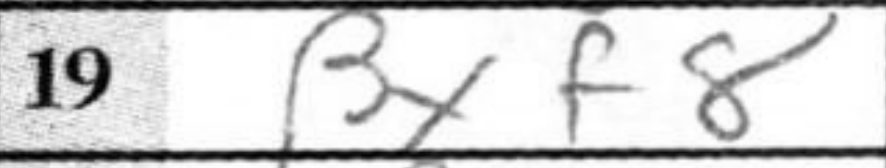
Transcription: Bxf8